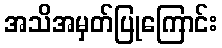
အသိအမှတ်ပြုကြောင်း